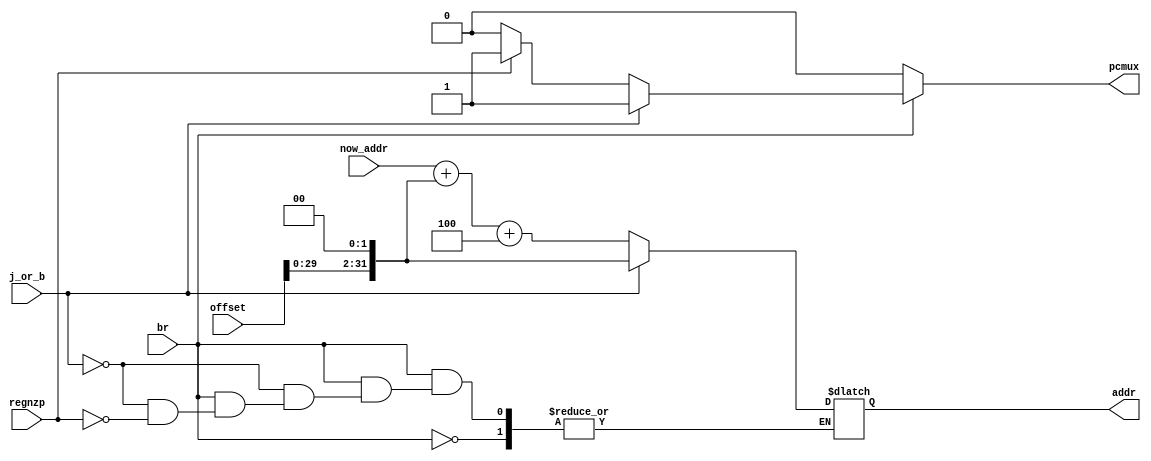
`timescale 1ns / 1ps
//////////////////////////////////////////////////////////////////////////////////
// Company: 
// Engineer: 
// 
// Design Name: 
// Module Name:    branch 
// Project Name: 
// Target Devices: 
// Tool versions: 
// Description: 
//
// Dependencies: 
//
// Revision: 
// Revision 0.01 - File Created
// Additional Comments: 
//
//////////////////////////////////////////////////////////////////////////////////
module branch(
	input [31:0] now_addr,
	input br,
	input j_or_b,
	input regnzp,
	input [31:0] offset,
	output reg pcmux,
	output reg [31:0] addr
);

reg [31:0] tpof;

always@(*)
begin
	if(br==0)
	begin
		pcmux=0;
	end
	else
	begin
		tpof=offset<<2;
		
		if(j_or_b==1)
		begin
			addr=tpof;
			pcmux=1;
		end
		else
		begin
			if(regnzp)
			begin
				addr=now_addr+tpof+32'h4;
				pcmux=1;
			end
			else
				pcmux=0;
		end	
	end
end

endmodule